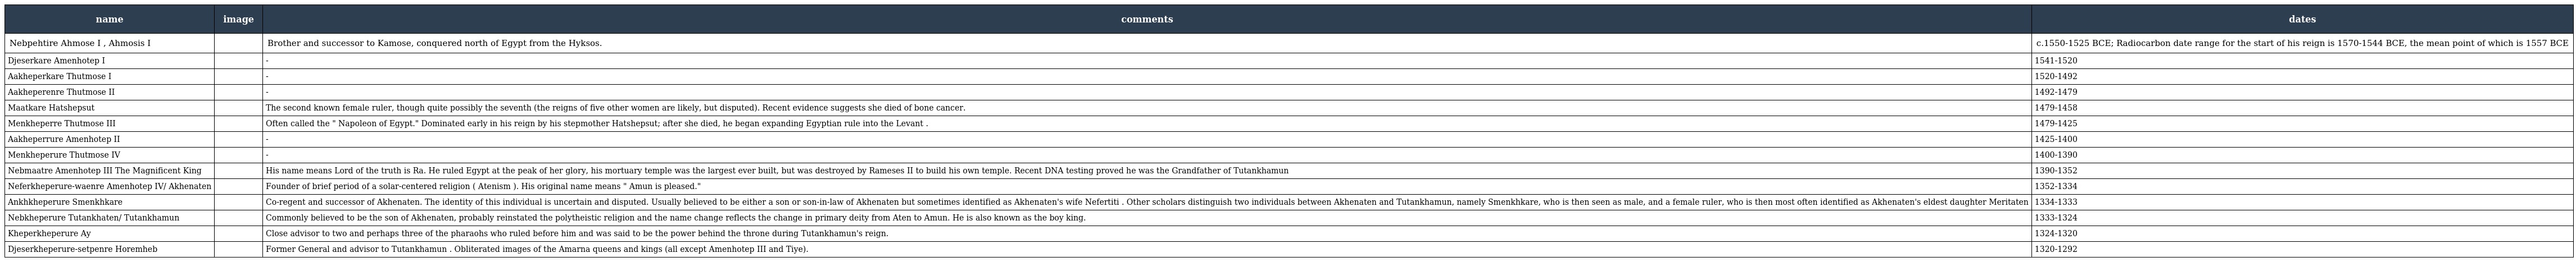
| name | image | comments | dates |
 | --- | --- | --- | --- |
 | Nebpehtire Ahmose I , Ahmosis I |  | Brother and successor to Kamose, conquered north of Egypt from the Hyksos. | c.1550-1525 BCE; Radiocarbon date range for the start of his reign is 1570-1544 BCE, the mean point of which is 1557 BCE |
 | Djeserkare Amenhotep I |  | - | 1541-1520 |
 | Aakheperkare Thutmose I |  | - | 1520-1492 |
 | Aakheperenre Thutmose II |  | - | 1492-1479 |
 | Maatkare Hatshepsut |  | The second known female ruler, though quite possibly the seventh (the reigns of five other women are likely, but disputed). Recent evidence suggests she died of bone cancer. | 1479-1458 |
 | Menkheperre Thutmose III |  | Often called the " Napoleon of Egypt." Dominated early in his reign by his stepmother Hatshepsut; after she died, he began expanding Egyptian rule into the Levant . | 1479-1425 |
 | Aakheperrure Amenhotep II |  | - | 1425-1400 |
 | Menkheperure Thutmose IV |  | - | 1400-1390 |
 | Nebmaatre Amenhotep III The Magnificent King |  | His name means Lord of the truth is Ra. He ruled Egypt at the peak of her glory, his mortuary temple was the largest ever built, but was destroyed by Rameses II to build his own temple. Recent DNA testing proved he was the Grandfather of Tutankhamun | 1390-1352 |
 | Neferkheperure-waenre Amenhotep IV/ Akhenaten |  | Founder of brief period of a solar-centered religion ( Atenism ). His original name means " Amun is pleased." | 1352-1334 |
 | Ankhkheperure Smenkhkare |  | Co-regent and successor of Akhenaten. The identity of this individual is uncertain and disputed. Usually believed to be either a son or son-in-law of Akhenaten but sometimes identified as Akhenaten's wife Nefertiti . Other scholars distinguish two individuals between Akhenaten and Tutankhamun, namely Smenkhkare, who is then seen as male, and a female ruler, who is then most often identified as Akhenaten's eldest daughter Meritaten | 1334-1333 |
 | Nebkheperure Tutankhaten/ Tutankhamun |  | Commonly believed to be the son of Akhenaten, probably reinstated the polytheistic religion and the name change reflects the change in primary deity from Aten to Amun. He is also known as the boy king. | 1333-1324 |
 | Kheperkheperure Ay |  | Close advisor to two and perhaps three of the pharaohs who ruled before him and was said to be the power behind the throne during Tutankhamun's reign. | 1324-1320 |
 | Djeserkheperure-setpenre Horemheb |  | Former General and advisor to Tutankhamun . Obliterated images of the Amarna queens and kings (all except Amenhotep III and Tiye). | 1320-1292 |